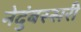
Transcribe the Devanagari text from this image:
नेदुंबस्सरी